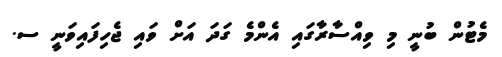
މެޓުން ބުނީ މި ވިއްސާރާގައި އެންމެ ގަދަ އަށް ވައި ޖެހިފައިވަނީ ސ.